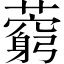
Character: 藭